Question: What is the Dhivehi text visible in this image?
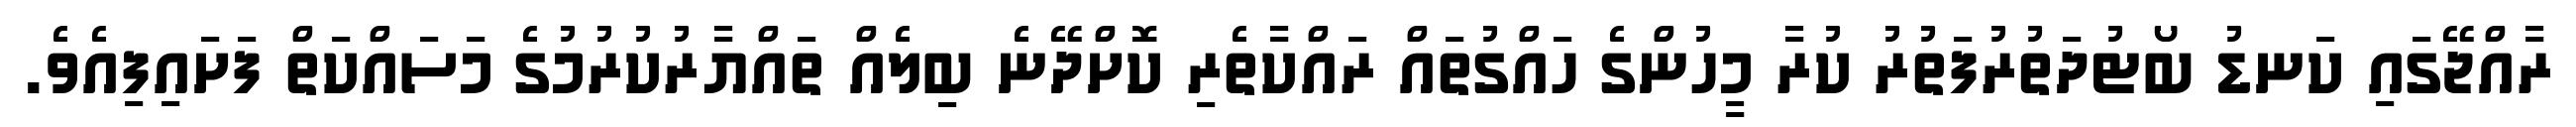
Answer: ރާއްޖޭގައި ކަނޑު ބޯޓުދަތުރުފަތުރު ކުރާ މީހުންގެ ހައްގުތައް ރައްކާތެރި ކޮށްދޭނެ ބިލެއް ތައްޔާރުކުރުމުގެ މަސައްކަތް ފަށައިފިއެވެ.